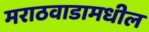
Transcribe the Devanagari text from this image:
मराठवाडामधील